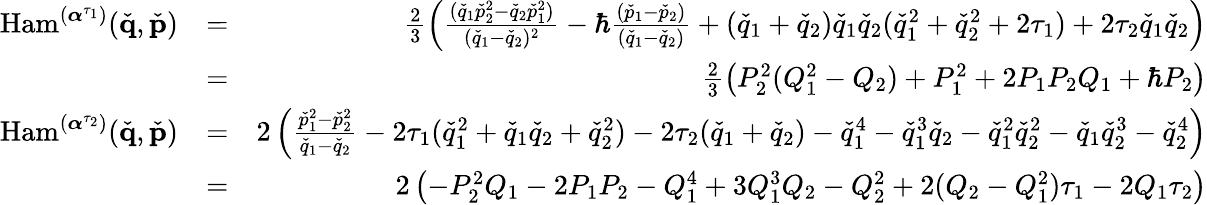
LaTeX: \begin{array}{rlr}{\mathrm{Ham}^{(\boldsymbol{\alpha}^{\tau_{1}})}(\check{\mathbf{q}},\check{\mathbf{p}})}&{=}&{\frac{2}{3}\left(\frac{(\check{q}_{1}\check{p}_{2}^{2}-\check{q}_{2}\check{p}_{1}^{2})}{(\check{q}_{1}-\check{q}_{2})^{2}}-\hbar\frac{(\check{p}_{1}-\check{p}_{2})}{(\check{q}_{1}-\check{q}_{2})}+(\check{q}_{1}+\check{q}_{2})\check{q}_{1}\check{q}_{2}(\check{q}_{1}^{2}+\check{q}_{2}^{2}+2\tau_{1})+2\tau_{2}\check{q}_{1}\check{q}_{2}\right)}\\ &{=}&{\frac{2}{3}\left(P_{2}^{2}(Q_{1}^{2}-Q_{2})+P_{1}^{2}+2P_{1}P_{2}Q_{1}+\hbar P_{2}\right)}\\ {\mathrm{Ham}^{(\boldsymbol{\alpha}^{\tau_{2}})}(\check{\mathbf{q}},\check{\mathbf{p}})}&{=}&{2\left(\frac{\check{p}_{1}^{2}-\check{p}_{2}^{2}}{\check{q}_{1}-\check{q}_{2}}-2\tau_{1}(\check{q}_{1}^{2}+\check{q}_{1}\check{q}_{2}+\check{q}_{2}^{2})-2\tau_{2}(\check{q}_{1}+\check{q}_{2})-\check{q}_{1}^{4}-\check{q}_{1}^{3}\check{q}_{2}-\check{q}_{1}^{2}\check{q}_{2}^{2}-\check{q}_{1}\check{q}_{2}^{3}-\check{q}_{2}^{4}\right)}\\ &{=}&{2\left(-P_{2}^{2}Q_{1}-2P_{1}P_{2}-Q_{1}^{4}+3Q_{1}^{3}Q_{2}-Q_{2}^{2}+2(Q_{2}-Q_{1}^{2})\tau_{1}-2Q_{1}\tau_{2}\right)}\end{array}